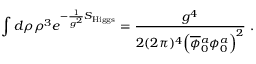
\int d \rho \rho ^ { 3 } e ^ { - \frac { 1 } { g ^ { 2 } } S _ { \mathrm { H i g g s } } } = \frac { g ^ { 4 } } { 2 ( 2 \pi ) ^ { 4 } \Big ( \overline { { \phi } } { } _ { 0 } ^ { a } \phi _ { 0 } ^ { a } \Big ) ^ { 2 } } ~ .